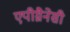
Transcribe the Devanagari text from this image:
एपीग्नैनेसी